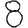
Digit: 8